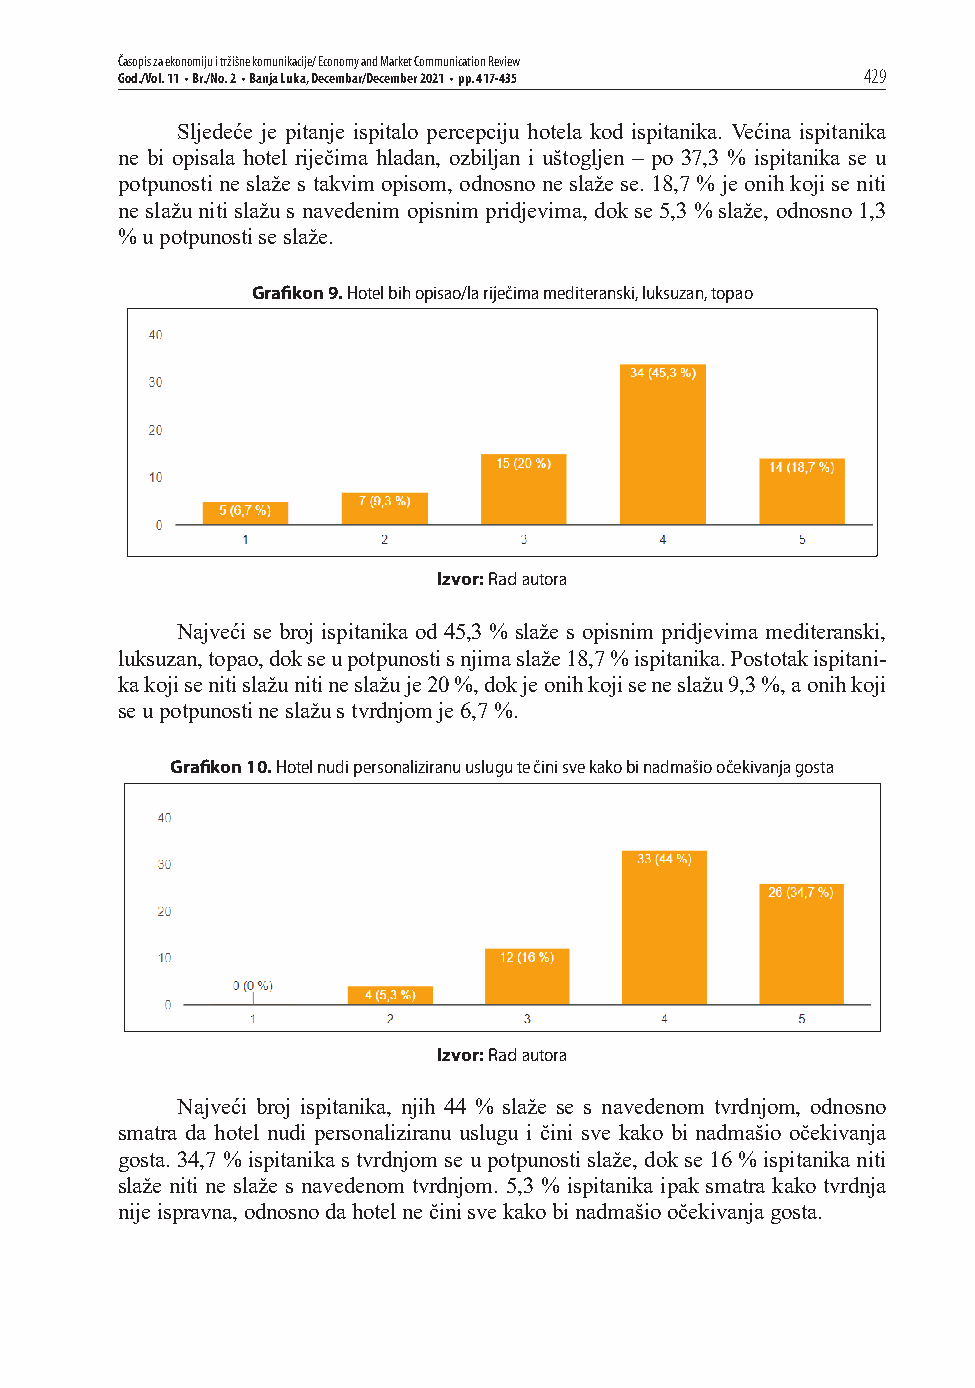
Časopis za ekonomiju i tržišne komunikacije/ Economy and Market Communication Review
 God./Vol. 11 • Br./No. 2 • Banja Luka, Decembar/December 2021 • pp. 417-435 429
 Sljedeće je pitanje ispitalo percepciju hotela kod ispitanika. Većina ispitanika
 ne bi opisala hotel riječima hladan, ozbiljan i uštogljen – po 37,3 % ispitanika se u
 potpunosti ne slaže s takvim opisom, odnosno ne slaže se. 18,7 % je onih koji se niti
 ne slažu niti slažu s navedenim opisnim pridjevima, dok se 5,3 % slaže, odnosno 1,3
 % u potpunosti se slaže.
 Grafi kon 9. Hotel bih opisao/la riječima mediteranski, luksuzan, topao
 Izvor: Rad autora
 Najveći se broj ispitanika od 45,3 % slaže s opisnim pridjevima mediteranski,
 luksuzan, topao, dok se u potpunosti s njima slaže 18,7 % ispitanika. Postotak ispitani-
 ka koji se niti slažu niti ne slažu je 20 %, dok je onih koji se ne slažu 9,3 %, a onih koji
 se u potpunosti ne slažu s tvrdnjom je 6,7 %.
 Grafi kon 10. Hotel nudi personaliziranu uslugu te čini sve kako bi nadmašio očekivanja gosta
 Izvor: Rad autora
 Najveći broj ispitanika, njih 44 % slaže se s navedenom tvrdnjom, odnosno
 smatra da hotel nudi personaliziranu uslugu i čini sve kako bi nadmašio očekivanja
 gosta. 34,7 % ispitanika s tvrdnjom se u potpunosti slaže, dok se 16 % ispitanika niti
 slaže niti ne slaže s navedenom tvrdnjom. 5,3 % ispitanika ipak smatra kako tvrdnja
 nije ispravna, odnosno da hotel ne čini sve kako bi nadmašio očekivanja gosta.